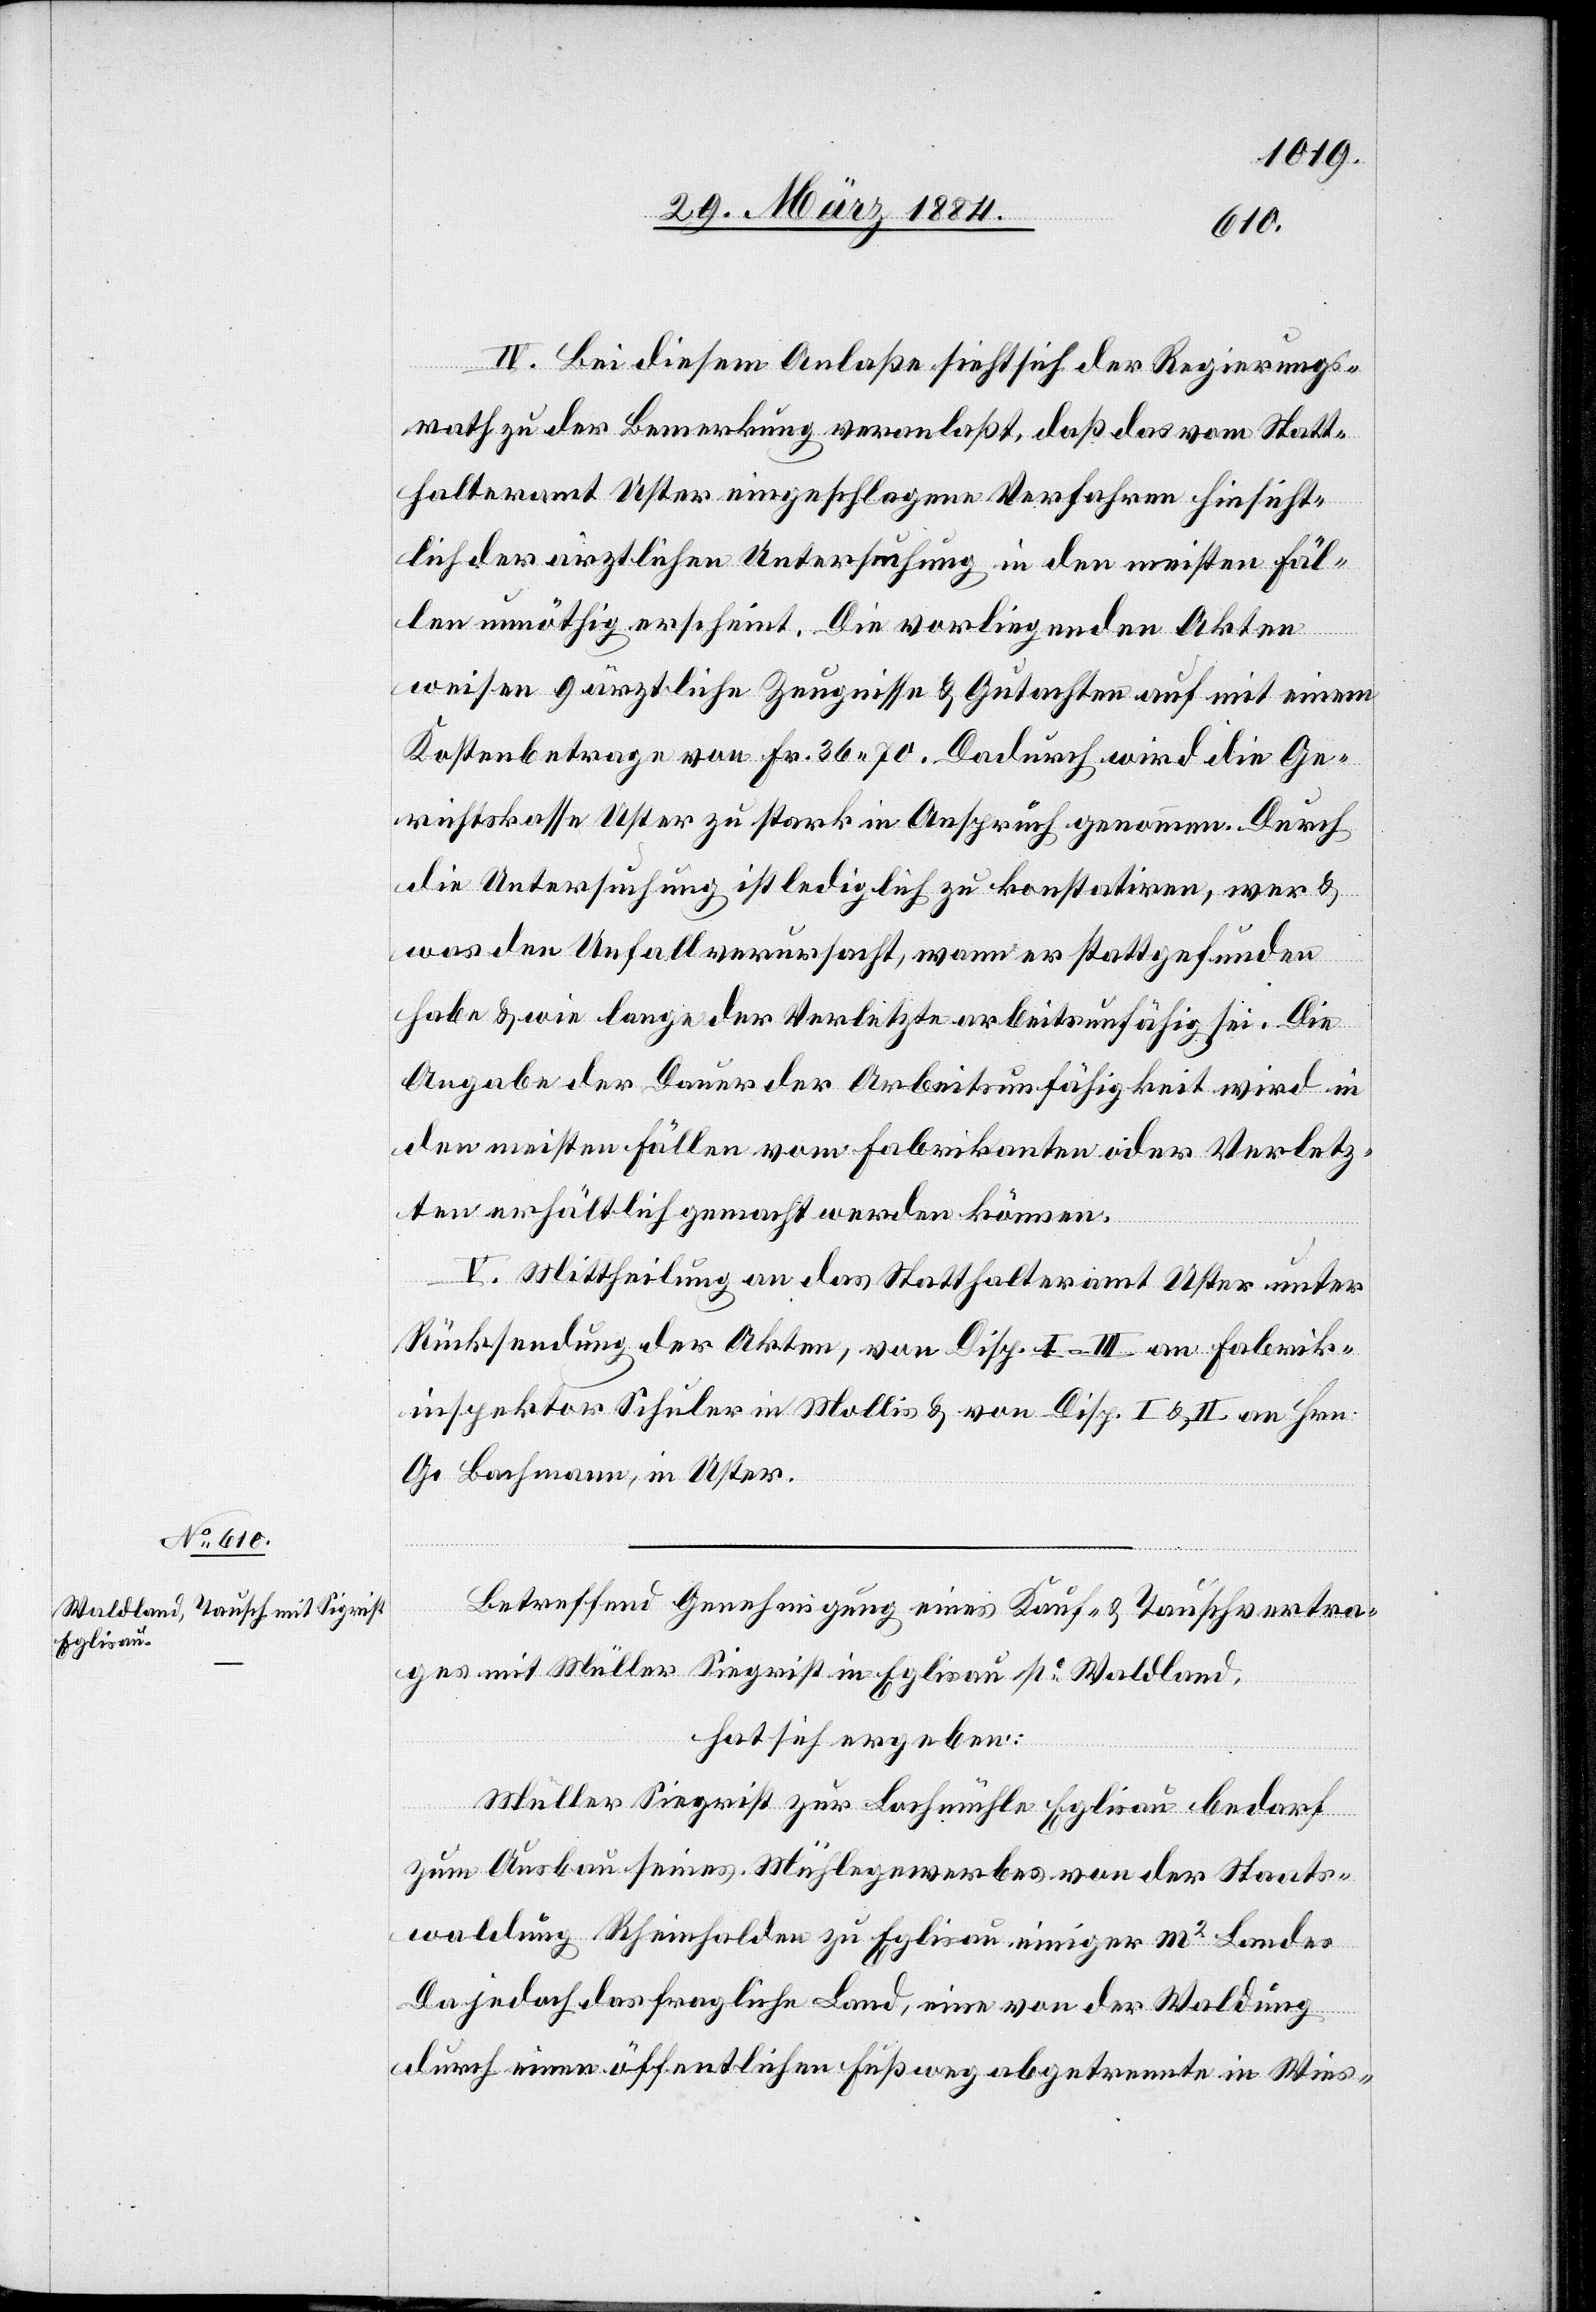
IV. Bei diesem Anlaße sieht sich der Regierungs¬
rath zu der Bemerkung veranlaßt, daß das vom Statt¬
halteramt Uster eingeschlagene Verfahren hinsicht¬
lich der ärztlichen Untersuchung in den meisten Fäl¬
len unnöthig erscheint. Die vorliegenden Akten
weisen 9 ärztliche Zeugnisse & Gutachten auf mit einem
Kostenbetrage von Fr. 36 70. Dadurch wird die Ge¬
richtskasse Uster zu stark in Anspruch genommen. Durch
die Untersuchung ist lediglich zu konstatiren, wer &
was den Unfall verursacht, wann er stattgefunden
habe & wie lange der Verletzte arbeitsunfähig sei. Die
Angabe der Dauer der Arbeitsunfähigkeit wird in
den meisten Fällen vom Fabrikanten oder Verletz¬
ten erhältlich gemacht werden können.
V. Mittheilung an das Statthalteramt Uster unter
Rücksendung der Akten, von Disp. I–III, an Fabrik¬
inspektorat Schuler in Mollis & von Disp. I & II, an Hrn.
G. Bachmann, in Uster.
Betreffend Genehmigung eines Kauf- & Tauschvertra¬
ges mit Müller Siegrist [sic!] in Eglisau po Waldland,
hat sich ergeben:
Müller Siegrist zur Bachmühle Eglisau bedarf
zum Ausbau seines Mühlegewerbes von der Staats¬
waldung Rheinhalten zu Eglisau einiger m2 Landes.
Da jedoch das fragliche Land, eine von der Waldung
durch einen öffentlichen Fußweg abgetrennte in Wies-